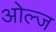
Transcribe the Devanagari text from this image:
ओल्ज